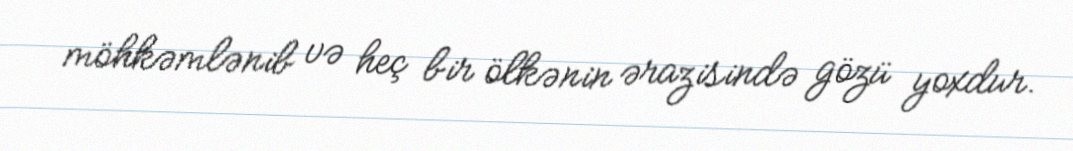
möhkəmlənib və heç bir ölkənin ərazisində gözü yoxdur.